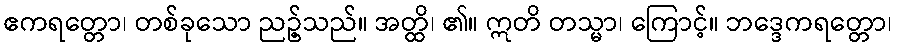
ဧကရတ္တော၊ တစ်ခုသော ညဥ့်သည်။ အတ္ထိ၊ ၏။ ဣတိ တသ္မာ၊ ကြောင့်။ ဘဒ္ဒေကရတ္တော၊